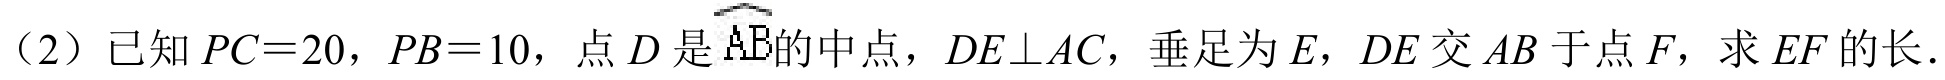
（2）已知\(PC = 20\)，\(PB = 10\)，点\(D\)是\(\overset{\frown}{AB}\)的中点，\(DE\perp AC\)，垂足为\(E\)，\(DE\)交\(AB\)于点\(F\)，求\(EF\)的长．